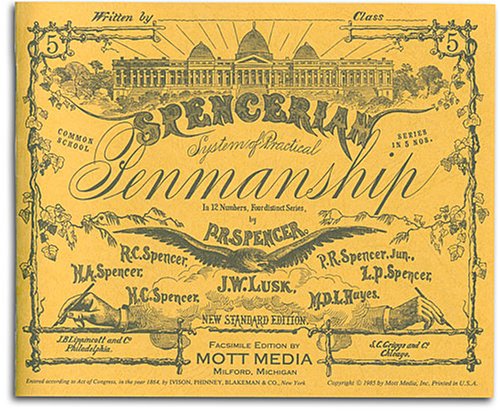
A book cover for Spencerian Penmanship (Copybook #5); Platt Rogers Spencer; Reference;